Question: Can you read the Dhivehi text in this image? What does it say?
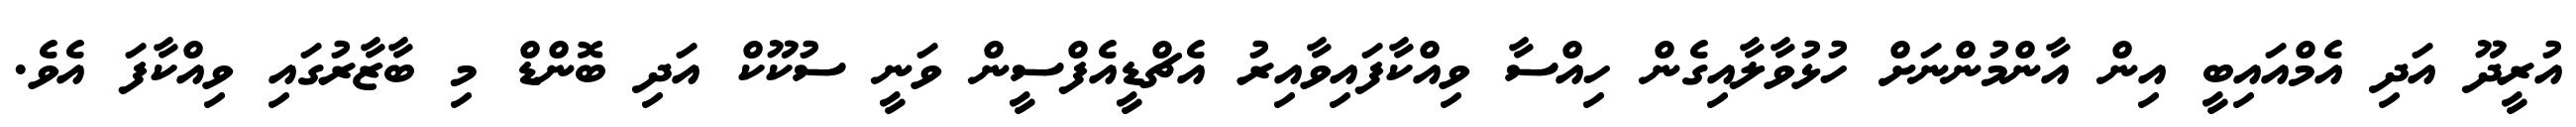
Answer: އުރީދޫ އަދި އެމްއައިބީ އިން އާންމުންނަށް ހުޅުވާލާއިގެން ހިއްސާ ވިއްކާފައިވާއިރު އެޗްޑީއެފްސީން ވަނީ ސުކޫކް އަދި ބޮންޑް މި ބާޒާރުގައި ވިއްކާފަ އެވެ.